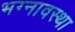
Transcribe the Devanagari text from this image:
भग्‍नावस्‍था